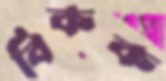
বিকক